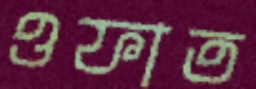
ওফাত